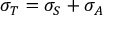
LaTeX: \sigma _ { T } = \sigma _ { S } + \sigma _ { A }